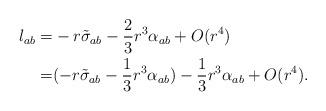
LaTeX: \begin{align*}l_{ab} =& -r \tilde \sigma_{ab} -\frac{2}{3}r^3\alpha_{ab}+ O(r^4)\\=& (-r \tilde \sigma_{ab} -\frac{1}{3}r^3\alpha_{ab}) - \frac{1}{3}r^3\alpha_{ab}+ O(r^4). \end{align*}